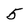
Character: 5